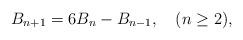
LaTeX: \begin{align*}B_{n+1}=6B_n-B_{n-1}, \quad(n\geq 2),\end{align*}